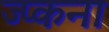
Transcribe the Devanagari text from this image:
ज्प्कना